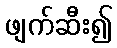
ဖျက်ဆီး၍